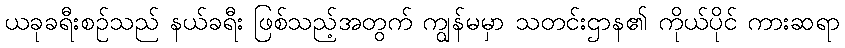
ယခုခရီးစဉ်သည် နယ်ခရီး ဖြစ်သည့်အတွက် ကျွန်မမှာ သတင်းဌာန၏ ကိုယ်ပိုင် ကားဆရာ